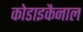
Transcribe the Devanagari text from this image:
कोडाइकैनाल